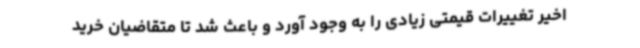
اخیر تغییرات قیمتی زیادی را به‌ وجود آورد و باعث شد تا متقاضیان خرید